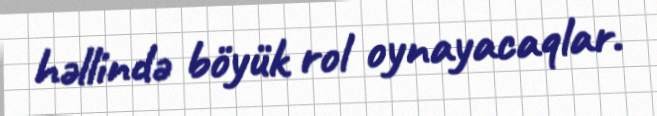
həllində böyük rol oynayacaqlar.